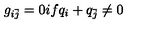
g _ { i { \bar { j } } } = 0 i f q _ { i } + q _ { \bar { j } } \neq 0